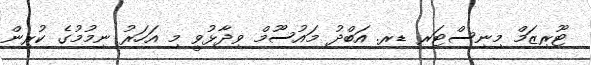
ޓޫރިޒަމް މިނިސްޓަރ ޑރ. އަބްދު މައުސޫމް ވިދާޅުވީ މި އަހަރު ނިމުމުގެ ކުރިން